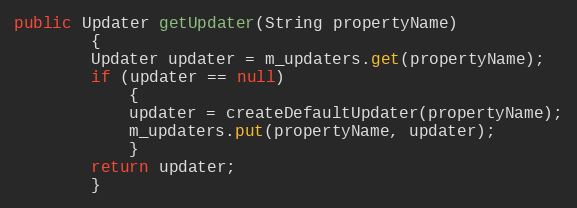
Language: Java
public Updater getUpdater(String propertyName)
        {
        Updater updater = m_updaters.get(propertyName);
        if (updater == null)
            {
            updater = createDefaultUpdater(propertyName);
            m_updaters.put(propertyName, updater);
            }
        return updater;
        }